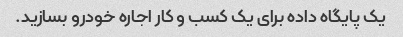
یک پایگاه داده برای یک کسب و کار اجاره خودرو بسازید.